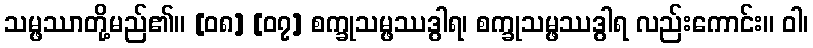
သမ္ဖဿာတို့မည်၏။ [၀၈] [၀၇] စက္ခုသမ္ဖဿဒွါရ၊ စက္ခုသမ္ဖဿဒွါရ လည်းကောင်း။ ဝါ၊